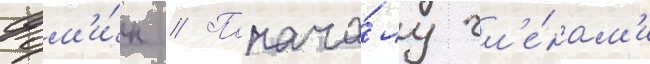
Фом'и́н // Понача́лу чл'е́нам'и